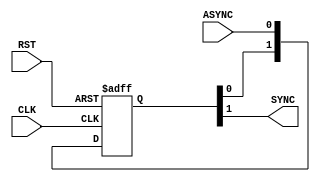
module BIT_SYNC
	#(parameter NUM_STAGES = 2,
	  parameter	BUS_WIDTH = 1)
	 
	 (input  [BUS_WIDTH - 1 : 0] ASYNC,
	  input  					 RST,
	  input  					 CLK,
	  output reg [BUS_WIDTH - 1 : 0] SYNC
	  ); 
 
	 reg   [NUM_STAGES-1:0] Qnext [BUS_WIDTH - 1 : 0];
	 integer i;
	 
	 always @(posedge CLK or negedge RST) begin
		if (!RST) begin
			for (i = 0; i < BUS_WIDTH; i = i +1)
				Qnext [i] <= 0;
		end
		
		else begin 
			for (i = 0; i < BUS_WIDTH; i = i +1) 
				Qnext [i] <= {Qnext [i][NUM_STAGES-2:0], ASYNC [i]};									
		end
	 end
		
	 always @(*) begin
		for (i=0; i<BUS_WIDTH; i=i+1)
			SYNC[i] = Qnext[i][NUM_STAGES-1] ; 
	 end
	 
endmodule

/*
module synchronizer #(
  parameter NUM_STAGES = 2
) (
  output    sync_out,
  input     async_in,
  input     clk
);
 
  reg   [NUM_STAGES:1]    sync_reg;
 
  always @ (posedge clk) begin
    sync_reg <= {sync_reg[NUM_STAGES-1:1], async_in};
  end
 
  assign sync_out = sync_reg[NUM_STAGES];
 
endmodule

//===================================================================

module synchronizer (
// line up signals verically makes it easier to read code
//--\/\/\/------\/\/\/--
  input       clk,      // all signals on different lines
  input       adata,    // can add comments for each signal
  output reg  synched   // this is the output of a DFF
);
 
  // use consistent formatting and line up things in columns so they are easier to see at a glance.
  // my rule: if you can't glance at a piece of simple code for 1 second and determine what it might
  // be doing then you formatted it badly. If it has a complex if/case/etc statement then you should
  // be able to only take the time to look at each if expression to determine what the code is doing,
  // if it takes longer than the time it takes to read each if expression then the code is badly formatted.
  always @ (posedge clk)
    // why would you do this to implement a simple DFF!?
    if (!adata)  synched <= 0;
    else         synched <= 1;
 
  // the equivalent, traditional way of writing a simple DFF
  // that others will immediately recognize without having to
  // analyze your code
  always @ (posedge clk)
    synched <= adata;
 
  // this is my preferred style, which allows you to add more signals in the if statement
  // if needed without affecting other lines that are not part of the change. This is helpful
  // when you use some form of source control and the diff will now show actual changes
  // instead of formatting changes because you had to add the begin-end block because
  // of the addition of a new signal.
  always @(posedge clk) begin
    if (!adata) begin
      synched <= 1'b0;
    end else begin
      synched <= 1'b1;
    end
  end
 
endmodule
 
// 2 ff
module ff2 (input clk, dataIn,  // ugh, reformat these like
            output dataOut);    // my example above. No reg!
            wire synch; // use some whitespace above and below for readability!
   synchronizer u1 (clk, dataIn, synch);  // No,no,no, use named association
   synchronizer u2 (clk, synch, dataOut); // i.e. .synched (dataOut)
                                          // the order then doesn't matter and
                                          // you can add new ports without having
                                          // to count which position it is in.
                                          // this is critical when you start writing
                                          // code that has 100's of ports.
endmodule
*/